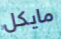
مايكل